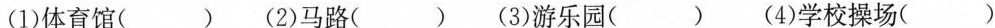
(1)体育馆( )(2)马路( )(3)游乐园( )(4)学校操场( )